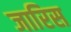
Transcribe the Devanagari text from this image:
जारिस